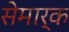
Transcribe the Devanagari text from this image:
सेमार्क